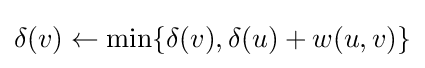
\delta (v)\leftarrow \min\{\delta (v),\delta (u)+w(u,v)\}